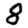
Digit: 8